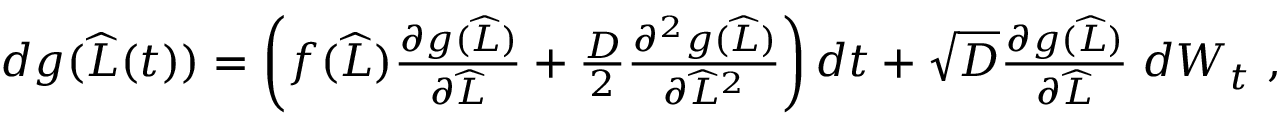
\begin{array} { r } { d g ( \widehat { L } ( t ) ) = \left( f ( \widehat { L } ) \frac { \partial g ( \widehat { L } ) } { \partial \widehat { L } } + \frac { D } { 2 } \frac { \partial ^ { 2 } g ( \widehat { L } ) } { \partial \widehat { L } ^ { 2 } } \right) d t + \sqrt { D } \frac { \partial g ( \widehat { L } ) } { \partial \widehat { L } } \; d W _ { t } \ , } \end{array}